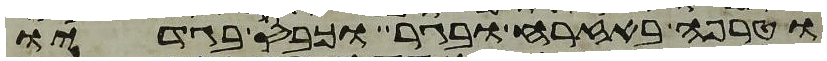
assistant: וטרפה באזרח ובגר וכבס בגדיו